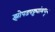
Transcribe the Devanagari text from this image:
झोपडपट्ट्यांमधून